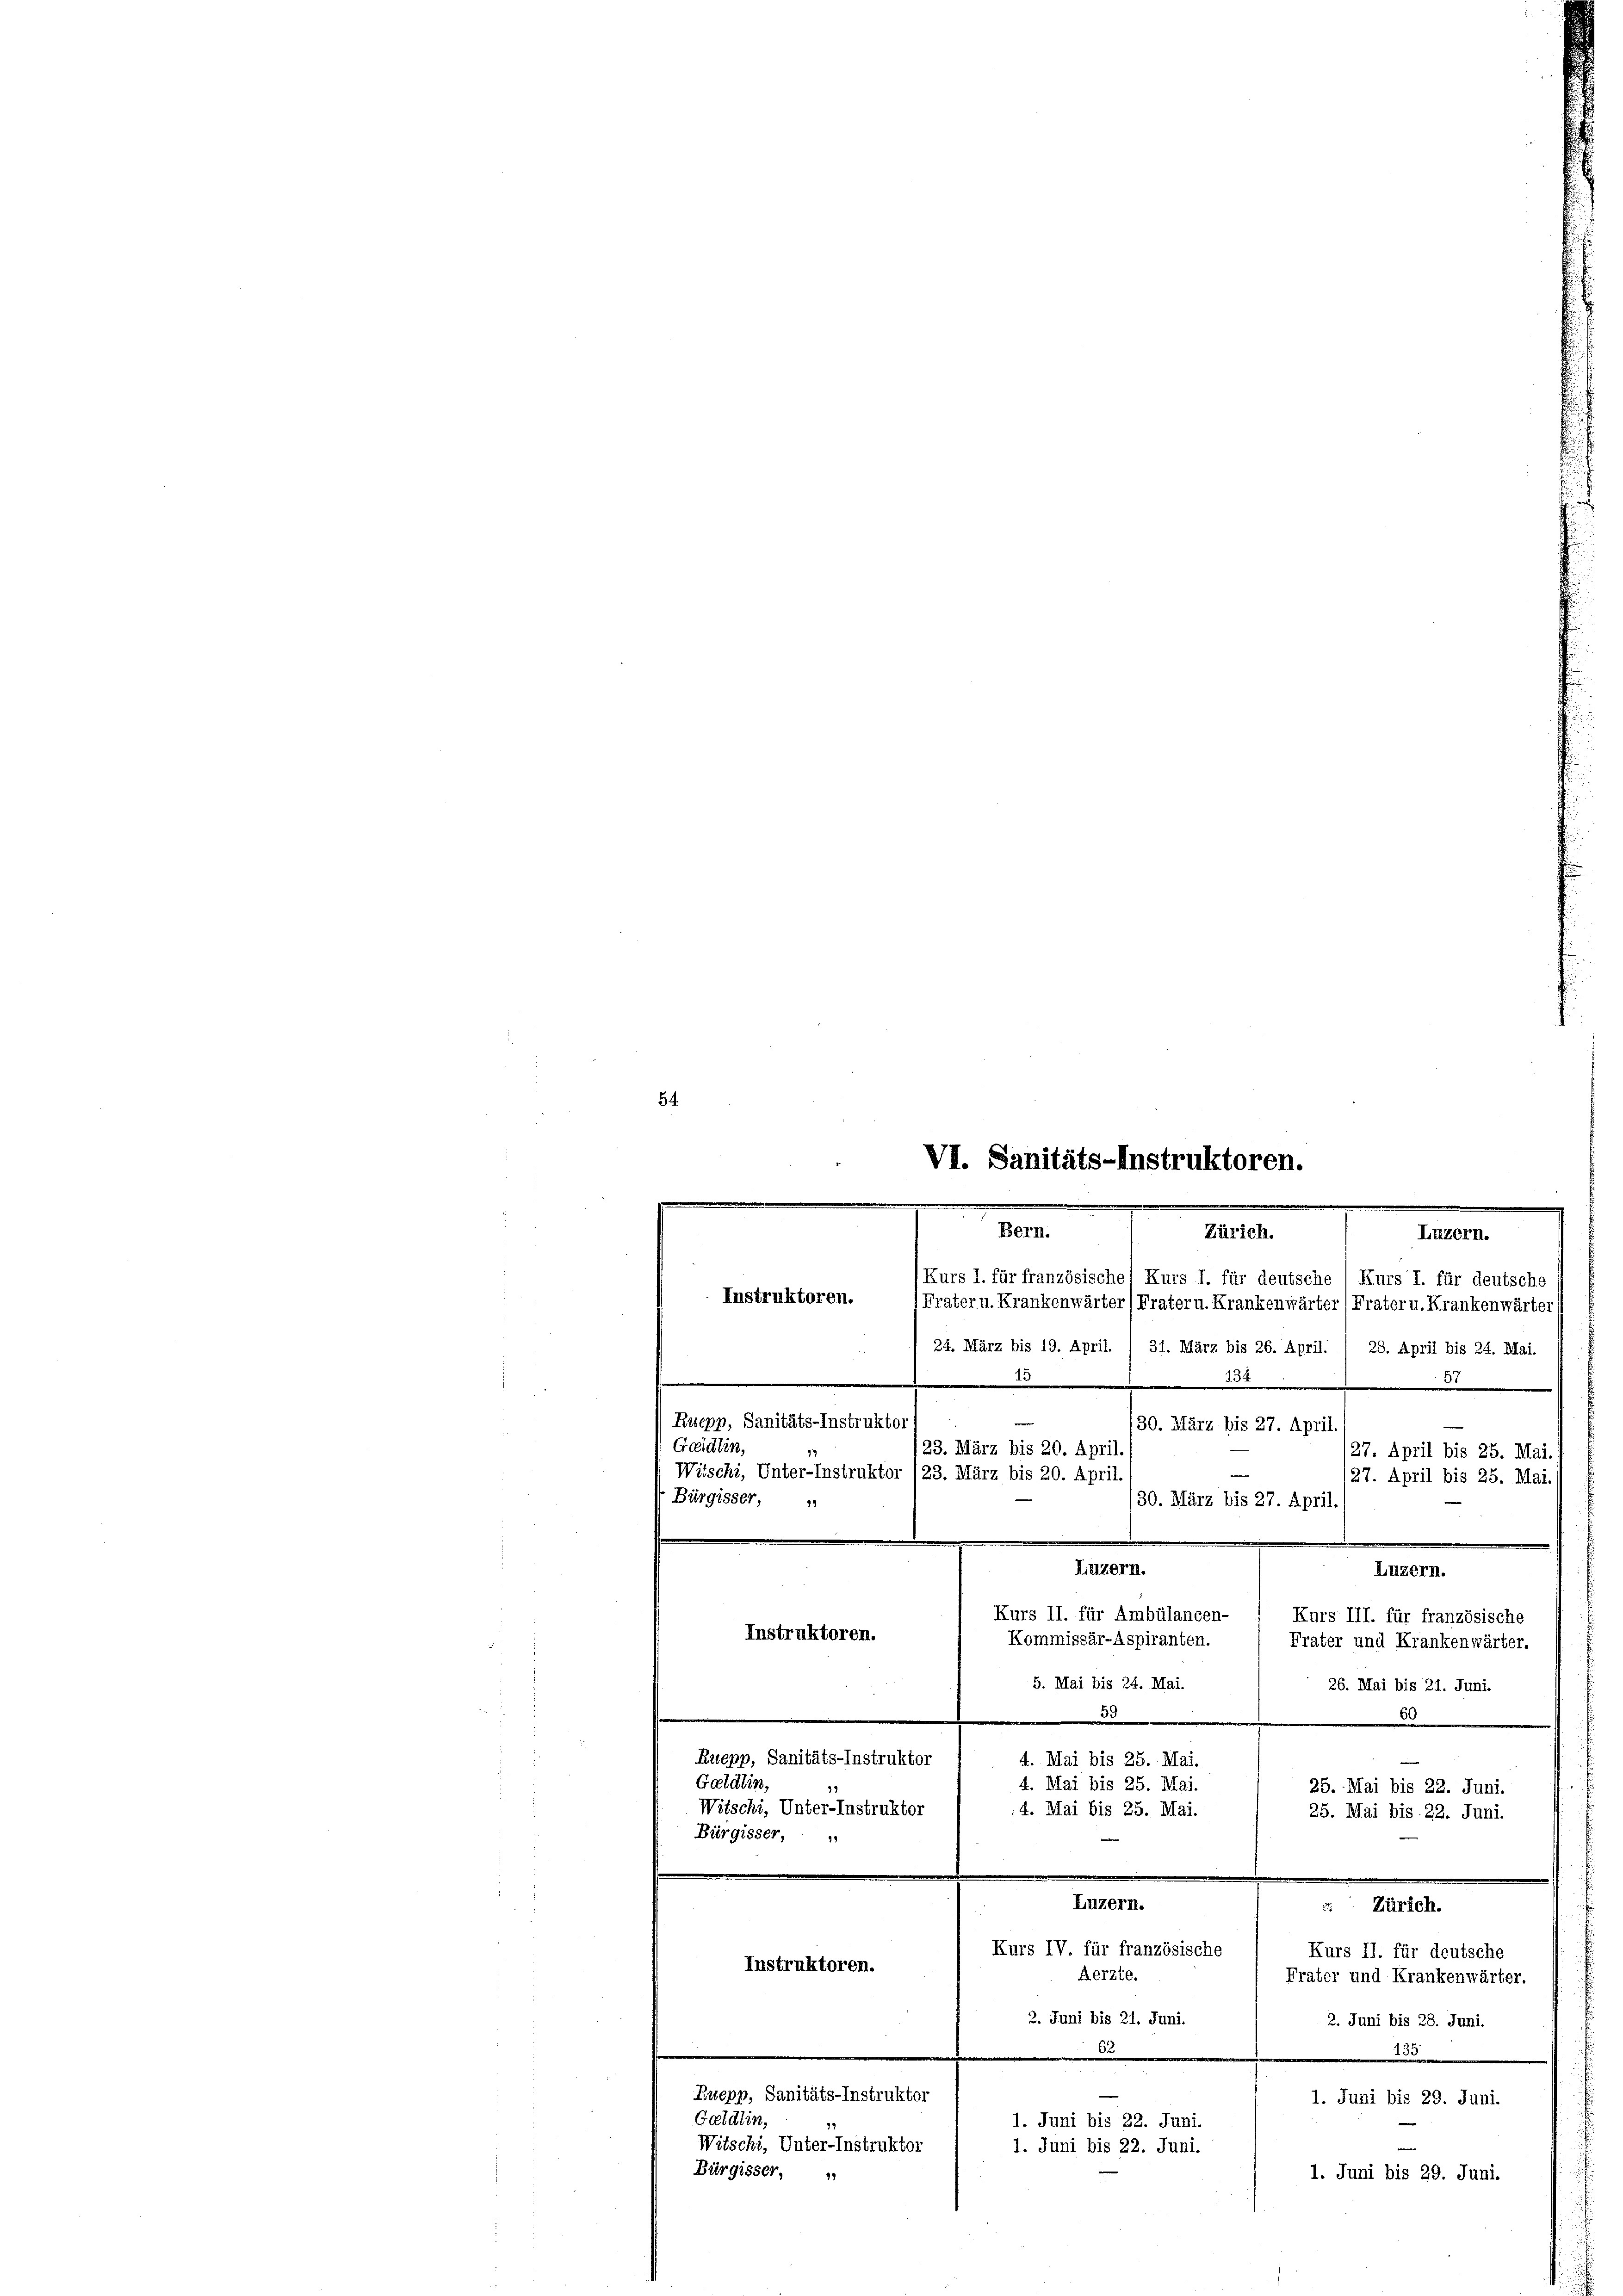
54.
23. März bis 20. April.
Witschi, Unter-Instruktor (23. März bis 20. April.
Bürgisser, u
30. März bis 27. April
Luzern.
Luzern.
Kurs II. für Ambülancen-
Kurs III. für französische
Instruktoren.
Kommissär-Aspiranten.
Frater und Krankenwärter.
5. Mai bis 24. Mai.
26. Mai bis 21. Juni.
33
50
Enepp, Sanitäts-Instruktor
4. Mai bis 25. Mai.
Gatdlin,
4. Mai bis 25. Mai.
25. Mai bis 22. Juni.
Witschi, Unter-Instruktor
4. Mai bis 25. Mai.
25. Mai bis 22. Juni.
Bürgisser,
Luzern.
u. Zürich.
Kurs IV. für französische
Kurs II. für deutsche
Instruktoren.
Aerzte.
Frater und Krankenwärter.
3. Juni bis 21. Juni.
2. Juni bis 28. Juni.
5
2
Zuepp, Sanitäts-Instruktor
1. Juni bis 29. Juni.
Gatdlin,
1. Juni bis 22. Juni.
Witschi, Unter-Instruktor
1. Juni bis 22. Juni.

VI. Sanitäts-Instruktoren.
.
Bern.
Zürich.
Luzern.
Kurs I. für französische) Kurs I. für deutsche (Kurs I. für deutsche
Instruktoren.
Frater u. Krankenwärter (Frater u. Krankenwärter (Frater u. Krankenwärter
e
24. März bis 19. April. 1 31. März bis 26. April. / 28. April bis 24. Mai.
1
37

Ruepp, Sanitäts-Instruktor
30. März bis 27. April.

Geidlin,

Bürgisser,

27. April bis 25. Mai.

127. April bis 25. Mai.)

1. Juni bis 29. Juni.